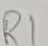
Text: R1